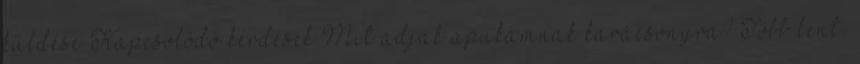
küldése Kapcsolódó kérdések Mit adjak apukámnak karácsonyra? Több lent.